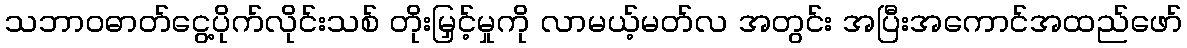
သဘာဝဓာတ်ငွေ့ပိုက်လိုင်းသစ် တိုးမြှင့်မှုကို လာမယ့်မတ်လ အတွင်း အပြီးအကောင်အထည်ဖော်